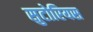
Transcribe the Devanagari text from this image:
सुटोरियस